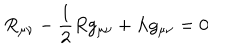
R _ { \mu \nu } - \frac { 1 } { 2 } R g _ { \mu \nu } + \Lambda g _ { \mu \nu } = 0